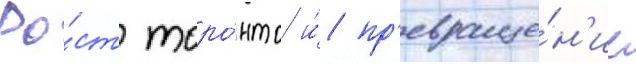
Ро́ст торо́нто и́ пр'евраще́н'ие